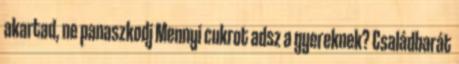
akartad, ne panaszkodj Mennyi cukrot adsz a gyereknek? Családbarát